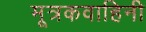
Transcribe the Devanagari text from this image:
मूत्रकवाहिनी